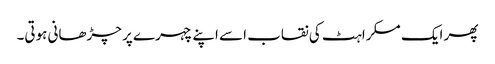
پھر ایک مسکراہٹ کی نقاب اسے اپنے چہرے پر چڑھانی ہوتی۔